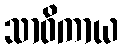
သာဝိကာယ